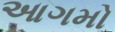
આગમો